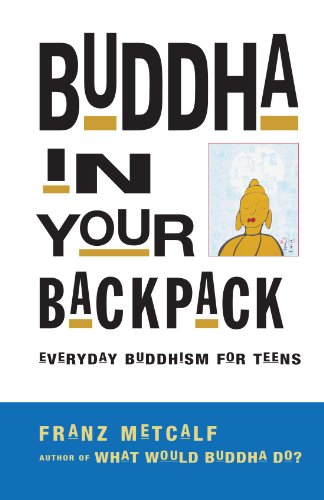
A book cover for Buddha in Your Backpack: Everyday Buddhism for Teens; Franz Metcalf; Teen & Young Adult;